Indian journal of veterinary science and animal husbandry - Volume 9,
Year: 1939
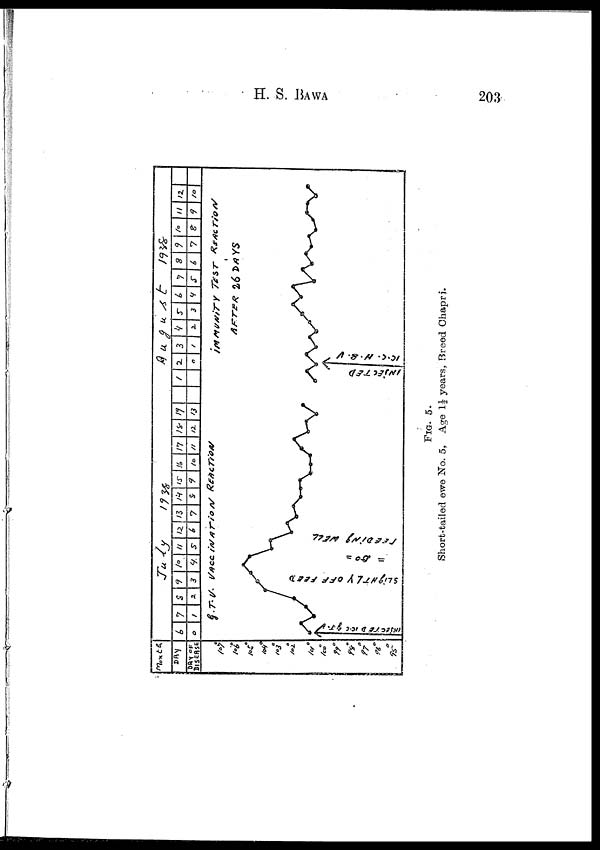
H. S.
BAWA
203
FIG. 5.
Short-tailed ewe No. 5, Age 1½ years, Breed Chapri.